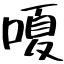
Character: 嗄